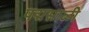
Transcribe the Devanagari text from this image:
पद्मसाळी